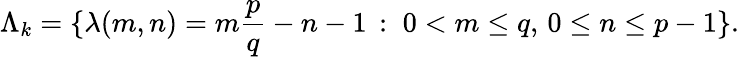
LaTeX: \Lambda_{k}=\{ \lambda(m,n)=m\frac{p}{q}-n-1\, :\; 0<m\leq q,\, 0\leq n\leq p-1\} .